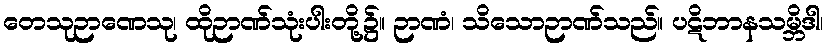
တေသုဉာဏေသု၊ ထိုဉာဏ်သုံးပါးတို့၌။ ဉာဏံ၊ သိသောဉာဏ်သည်။ ပဋိဘာနသမ္ဘိဒါ၊